Memorandum on the prevention of leprosy by segregation of the affected
Disease focus: Leprosy
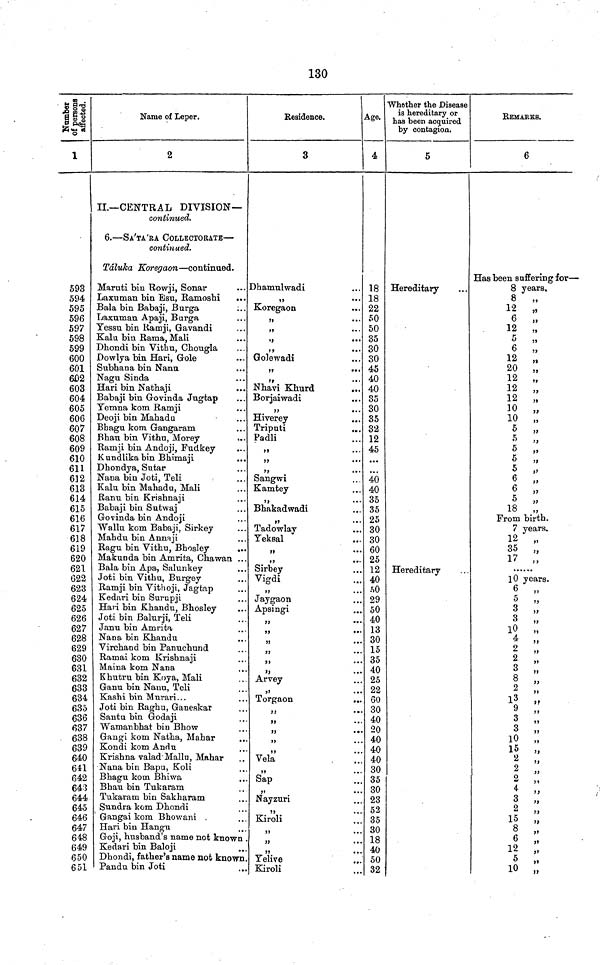
130
Number of persons affected.
1
593
594
595
596
597
598
599
600
601
602
603
604
605
606
607
608
609
610
611
612
613
614
615
616
617
618
619
620
621
622
623
624
625
626
627
628
629
630
631
632
633
634
635
636
637
638
639
640
641
642
643
644
645
646
647
648
649
650
651
Name of Leper.
2
II.—CENTRAL DIVISION—
continued.
6.—SA'TA'RA COLLECTORATB—
continued.
Táluka Koregaon—continued.
Maruti bin Rowji, Sonar
Laxuman bin Esu, Ramoshi
...
Bala bin Babaji, Burga
Laxuman Apaji, Burga
Yessu bin Ramji, Gavandi
Kalu bin Rama, Mali
Dhondi bin Vithu, Chongla
Dowlya bin Hari, Gole
Subbana bin Nanu
Nagu Sinda
Hari bin Nathaji
Babaji bin Govinda Jugtap
Yemna kom Ramji
Deoji bin Mahadu
Bhagu kom Gangaram
Bhau bin Vithu, Morey
..
Ramji bin Andoji, Fudkey
Kundlikabin Bhimaji
Dhondya, Sutar
Nana bin Joti, Teli
Kalu bin Mahadu, Mali
Rann bin Krishnaji
Babaji bin Sutwaj
Govinda bin Andoji
Wallu kom Babaji, Sirkey
Mahdn bin Annaji
Ragu bin Vithu, Bhosley
...
Makunda bin Amrita, Chawan ..
Bala bin Apa, Salunkey
Joti bin Vithu, Burgey
Ramji bin Vithoji, Jagtap
Kedari bin Surupji
Hari bin Khandu, Bhosley
Joti bin Balurji, Teli
Jann bin Amrita
Nana bin Khandu
Virchand bin Panuchund
Ramai kom Krishnaji
Maina kom Nana
Khutru bin Koya, Mali
Ganu bin Nanu, Teli
Kashi bin Murari...
Joti bin Raghu, Ganeskar
Santu bin Godaji
Wamanbhat bin Bhow
Gangi kom Natha, Mahar
Kondi kom Andu
Krishna valad Mallu, Mahar
Nana bin Bapu, Koli
Bhagu kom Bhiwa
Bhau bin Tukaram
Tukaram bin Sakharam
Sundra kom Dhondi
Gangai kom Bhowani
Hari bin Hangu
Goji, husband's name not known
Kedari bin Baloji
Dhondi, father's name not known
Pandu bin Joti
Residence.
3
Dhamulwadi
,,
...
Koregaon
,,
•••
»
,,
...
,y
...
Golewadi
»?
•••
,,
•••
Nhavi Khurd
Borjaiwadi
,,
...
Hiverey
...
Triputi
Padli
,,
,,
...
,,
.••
Sangwi
Kamtey
Bhakadwadi
,,
•••
Tadowlay
Yeksal
>»
•••
,,
...
Sirbey
Vigdi
,,
Jaygaon
Apsingi
,,
••
,,
••
,,
* "
,,
••
9}
• •
Arvey
Torgaon
velä
Sap
Nayzuri
Kiroli
,,
• ,
Yelive
Kiroli
Age.
4
18
18
22
50
50
35
30
30
45
40
40
35
30
35
32
12
45
...
40
40
35
35
25
30
30
60
25
12
40
50
29
50
40
13
30
15
35
40
25
22
60
30
40
20
40
40
40
30
35
30
23
52
35
30
18
40
50
32
Whether the Disease
is hereditary or
has been acquired
by contagion.
5
Hereditary
Hereditary
REMARKS.
6
Has been suffering for—
8 years.
8
„
12
„
6
„
12
„
5
„
6
„
12
„
20
„
12
„
12
„
12
„
10
„
10
„
5
„
5 „
5
„
5
„
5 „
6 „
6 „
5 „
18
„
From birth.
7 years.
12 „
35
„
17
„
10 years.
6
„
5
,,
3 „
3 „
10 „
4
„
2 „
2 ,,
3 „
8 ,,
2 „
13 ,,
9
,,
3
„
3
„
10
„
15
„
2 „
2 „
o
4 „
3 „
2
„
15
„
8
„
6 „
12
„
5 „
10 „